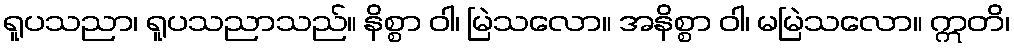
ရူပသညာ၊ ရူပသညာသည်။ နိစ္စာ ဝါ၊ မြဲသလော။ အနိစ္စာ ဝါ၊ မမြဲသလော။ ဣတိ၊